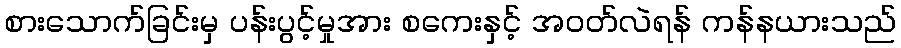
စားသောက်ခြင်းမှ ပန်းပွင့်မှုအား စကေးနှင့် အဝတ်လဲရန် ကန်နယားသည်